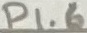
Text: P1.6